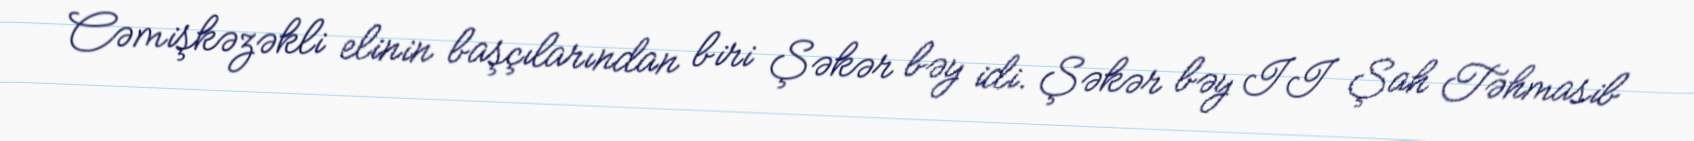
Cəmişkəzəkli elinin başçılarından biri Şəkər bəy idi. Şəkər bəy II Şah Təhmasib